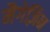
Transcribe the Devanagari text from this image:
मैगेज़िन